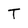
Character: T